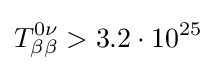
T_{\beta \beta }^{0\nu }>3.2\cdot 10^{25}